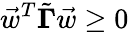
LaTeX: \vec{w}^{T}\tilde{\mathbf{\Gamma}}\vec{w}\ge 0